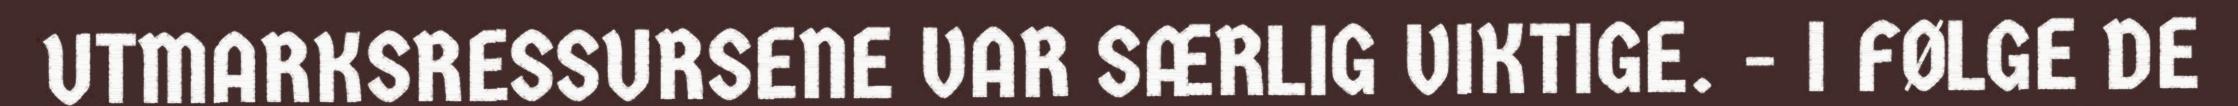
UTMARKSRESSURSENE VAR SÆRLIG VIKTIGE. - I FØLGE DE